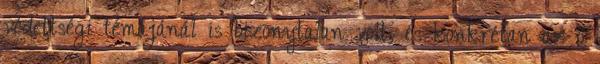
védettségi témájánál is bizonytalan volt, és konkrétan az ő